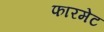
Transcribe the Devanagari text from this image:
फारमेट